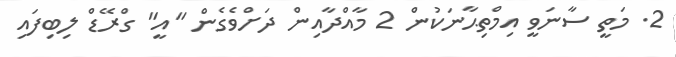
2. މަތީ ސާނަވީ އިމްތިޙާނަކުން 2 މާއްދާއިން ދަށްވެގެން "އީ" ގްރޭޑް ލިބިފައި